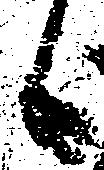
候